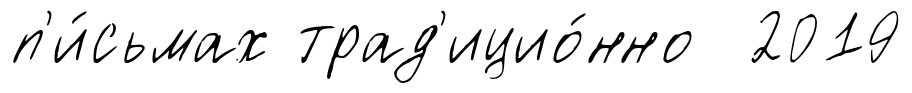
п'и́сьмах трад'ицио́нно 2019